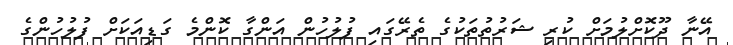
އޭނާ ދޫކޮށްލުމަށް ކުރި ޝަރުތުތަކުގެ ތެރޭގައި ފުލުހުން އަންގާ ކޮންމެ ގަޑިއަކަށް ފުލުހުންގެ